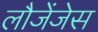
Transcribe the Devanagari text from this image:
लौजेंजेस